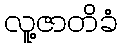
လူ့ဇာတိခံ